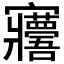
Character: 𡬑